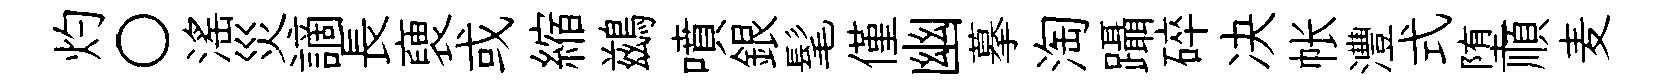
灼〇滛災謫長褏或縮鷀噴銀髦僅幽摹淘躡碎决帐灃式堕順麦